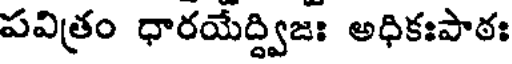
పవిత్రం ధారయేద్ద్విజః అధికఃపాఠః